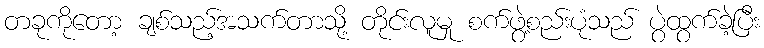
တခုကိုတော့ ချစ်သည့်အသက်တာသို့ တိုင်းလူမှု စက်ဖွဲ့စည်းပုံသည် ပွဲထွက်ခဲ့ပြီး